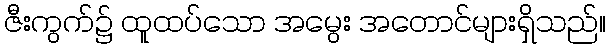
ဇီးကွက်၌ ထူထပ်သော အမွေး အတောင်များရှိသည်။